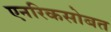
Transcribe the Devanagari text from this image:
एनरिकसोबत